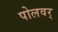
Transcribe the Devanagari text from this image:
पोलवर्